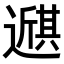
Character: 𫑇